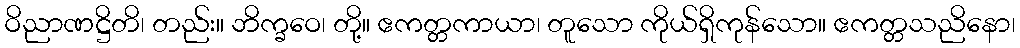
ဝိညာဏဋ္ဌိတိ၊ တည်း။ ဘိက္ခဝေ၊ တို့။ ဧကတ္တကာယာ၊ တူသော ကိုယ်ရှိကုန်သော။ ဧကတ္တသညိနော၊